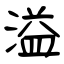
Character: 溢